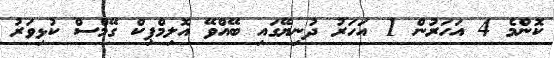
ކޮންމެ 4 އަހަރުން 1 އަހަރު ދުނިޔޭގައި ބޭއްވޭ އޮލިމްޕިކް ގޭމްސް ކުޅިވަރު